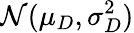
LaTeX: \mathcal{N}(\mu_{D},\sigma_{D}^{2})